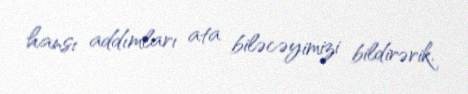
hansı addımları ata biləcəyimizi bildirərik.